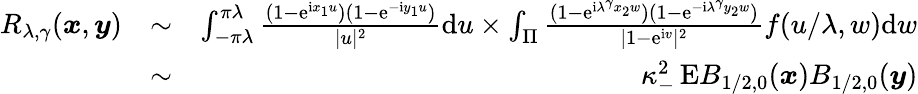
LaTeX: \begin{array}{rlr}{R_{\lambda,\gamma}(\boldsymbol{x},\boldsymbol{y})}&{\sim}&{\int_{-\pi\lambda}^{\pi\lambda}\frac{(1-\mathrm e^{\mathrm ix_{1}u})(1-\mathrm e^{-\mathrm iy_{1}u})}{|u|^{2}}\mathrm du\times\int_{\Pi}\frac{(1-\mathrm e^{\mathrm i\lambda^{\gamma}x_{2}w})(1-\mathrm e^{-\mathrm i\lambda^{\gamma}y_{2}w})}{|1-\mathrm e^{\mathrm iv}|^{2}}f(u/\lambda,w)\mathrm dw}\\ &{\sim}&{\kappa_{-}^{2}\, \mathrm EB_{1/2,0}(\boldsymbol{x})B_{1/2,0}(\boldsymbol{y})}\end{array}